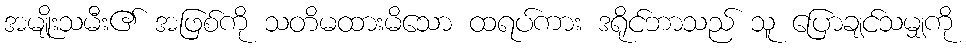
အမျိုးသမီး၏ အဖြစ်ကို သတိမထားမိသော ထရပ်ကား ဒရိုင်ဘာသည် သူ ပြောချင်သမျှကို